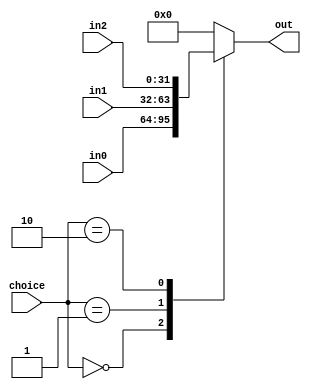
`timescale 1ns / 1ps
//////////////////////////////////////////////////////////////////////////////////
// Company: 
// Engineer: 
// 
// Design Name: 
// Module Name: Mux3_32bits
// Project Name: 
// Target Devices: 
// Tool Versions: 
// Description: 
// 
// Dependencies: 
// 
// Revision:
// Revision 0.01 - File Created
// Additional Comments:
// 
//////////////////////////////////////////////////////////////////////////////////


module Mux3_32bits(
    input [1:0] choice,
    input [31:0] in0,
    input [31:0] in1,
    input [31:0] in2,
    output reg [31:0] out
    );
    
    always @(choice or in0 or in1 or in2) begin
        case(choice)
            2'b00: out = in0;
            2'b01: out = in1;
            2'b10: out = in2;
            default: out = 0;
        endcase
    end
    
endmodule